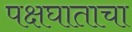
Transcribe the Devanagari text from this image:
पक्षघाताचा